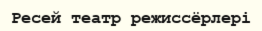
Ресей театр режиссёрлері